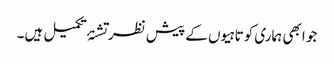
جو ابھی ہماری کوتاہیوں کے پیش نظر تشنۂ تکمیل ہیں۔